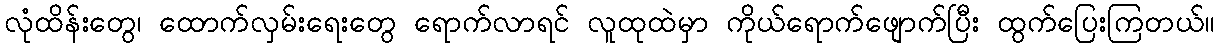
လုံထိန်းတွေ၊ ထောက်လှမ်းရေးတွေ ရောက်လာရင် လူထုထဲမှာ ကိုယ်ရောက်ဖျောက်ပြီး ထွက်ပြေးကြတယ်။